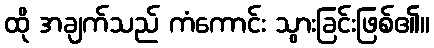
ထို အချက်သည် ကံကောင်း သွားခြင်းဖြစ်၏။